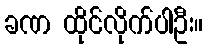
ခဏ ထိုင်လိုက်ပါဦး။